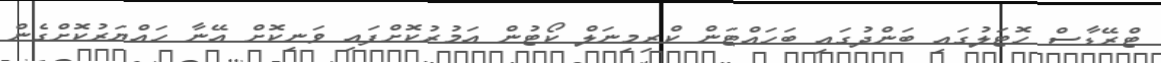
ޓްރޭޑާސް ހޮޓަލުގައި ބަންދުގައި ބަހައްޓަން ކްރިމިނަލް ކޯޓުން އަމުރުކޮށްފައި ވަނިކޮށް އޭނާ ހައްޔަރުކޮށްގެން